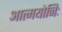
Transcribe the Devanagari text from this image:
आत्मयोनिः